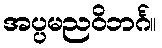
အပ္ပမညဝိဘင်္ဂ။